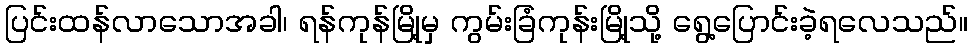
ပြင်းထန်လာသောအခါ၊ ရန်ကုန်မြို့မှ ကွမ်းခြံကုန်းမြို့သို့ ရွေ့ပြောင်းခဲ့ရလေသည်။